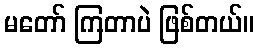
မတော် ကြတာပဲ ဖြစ်တယ်။